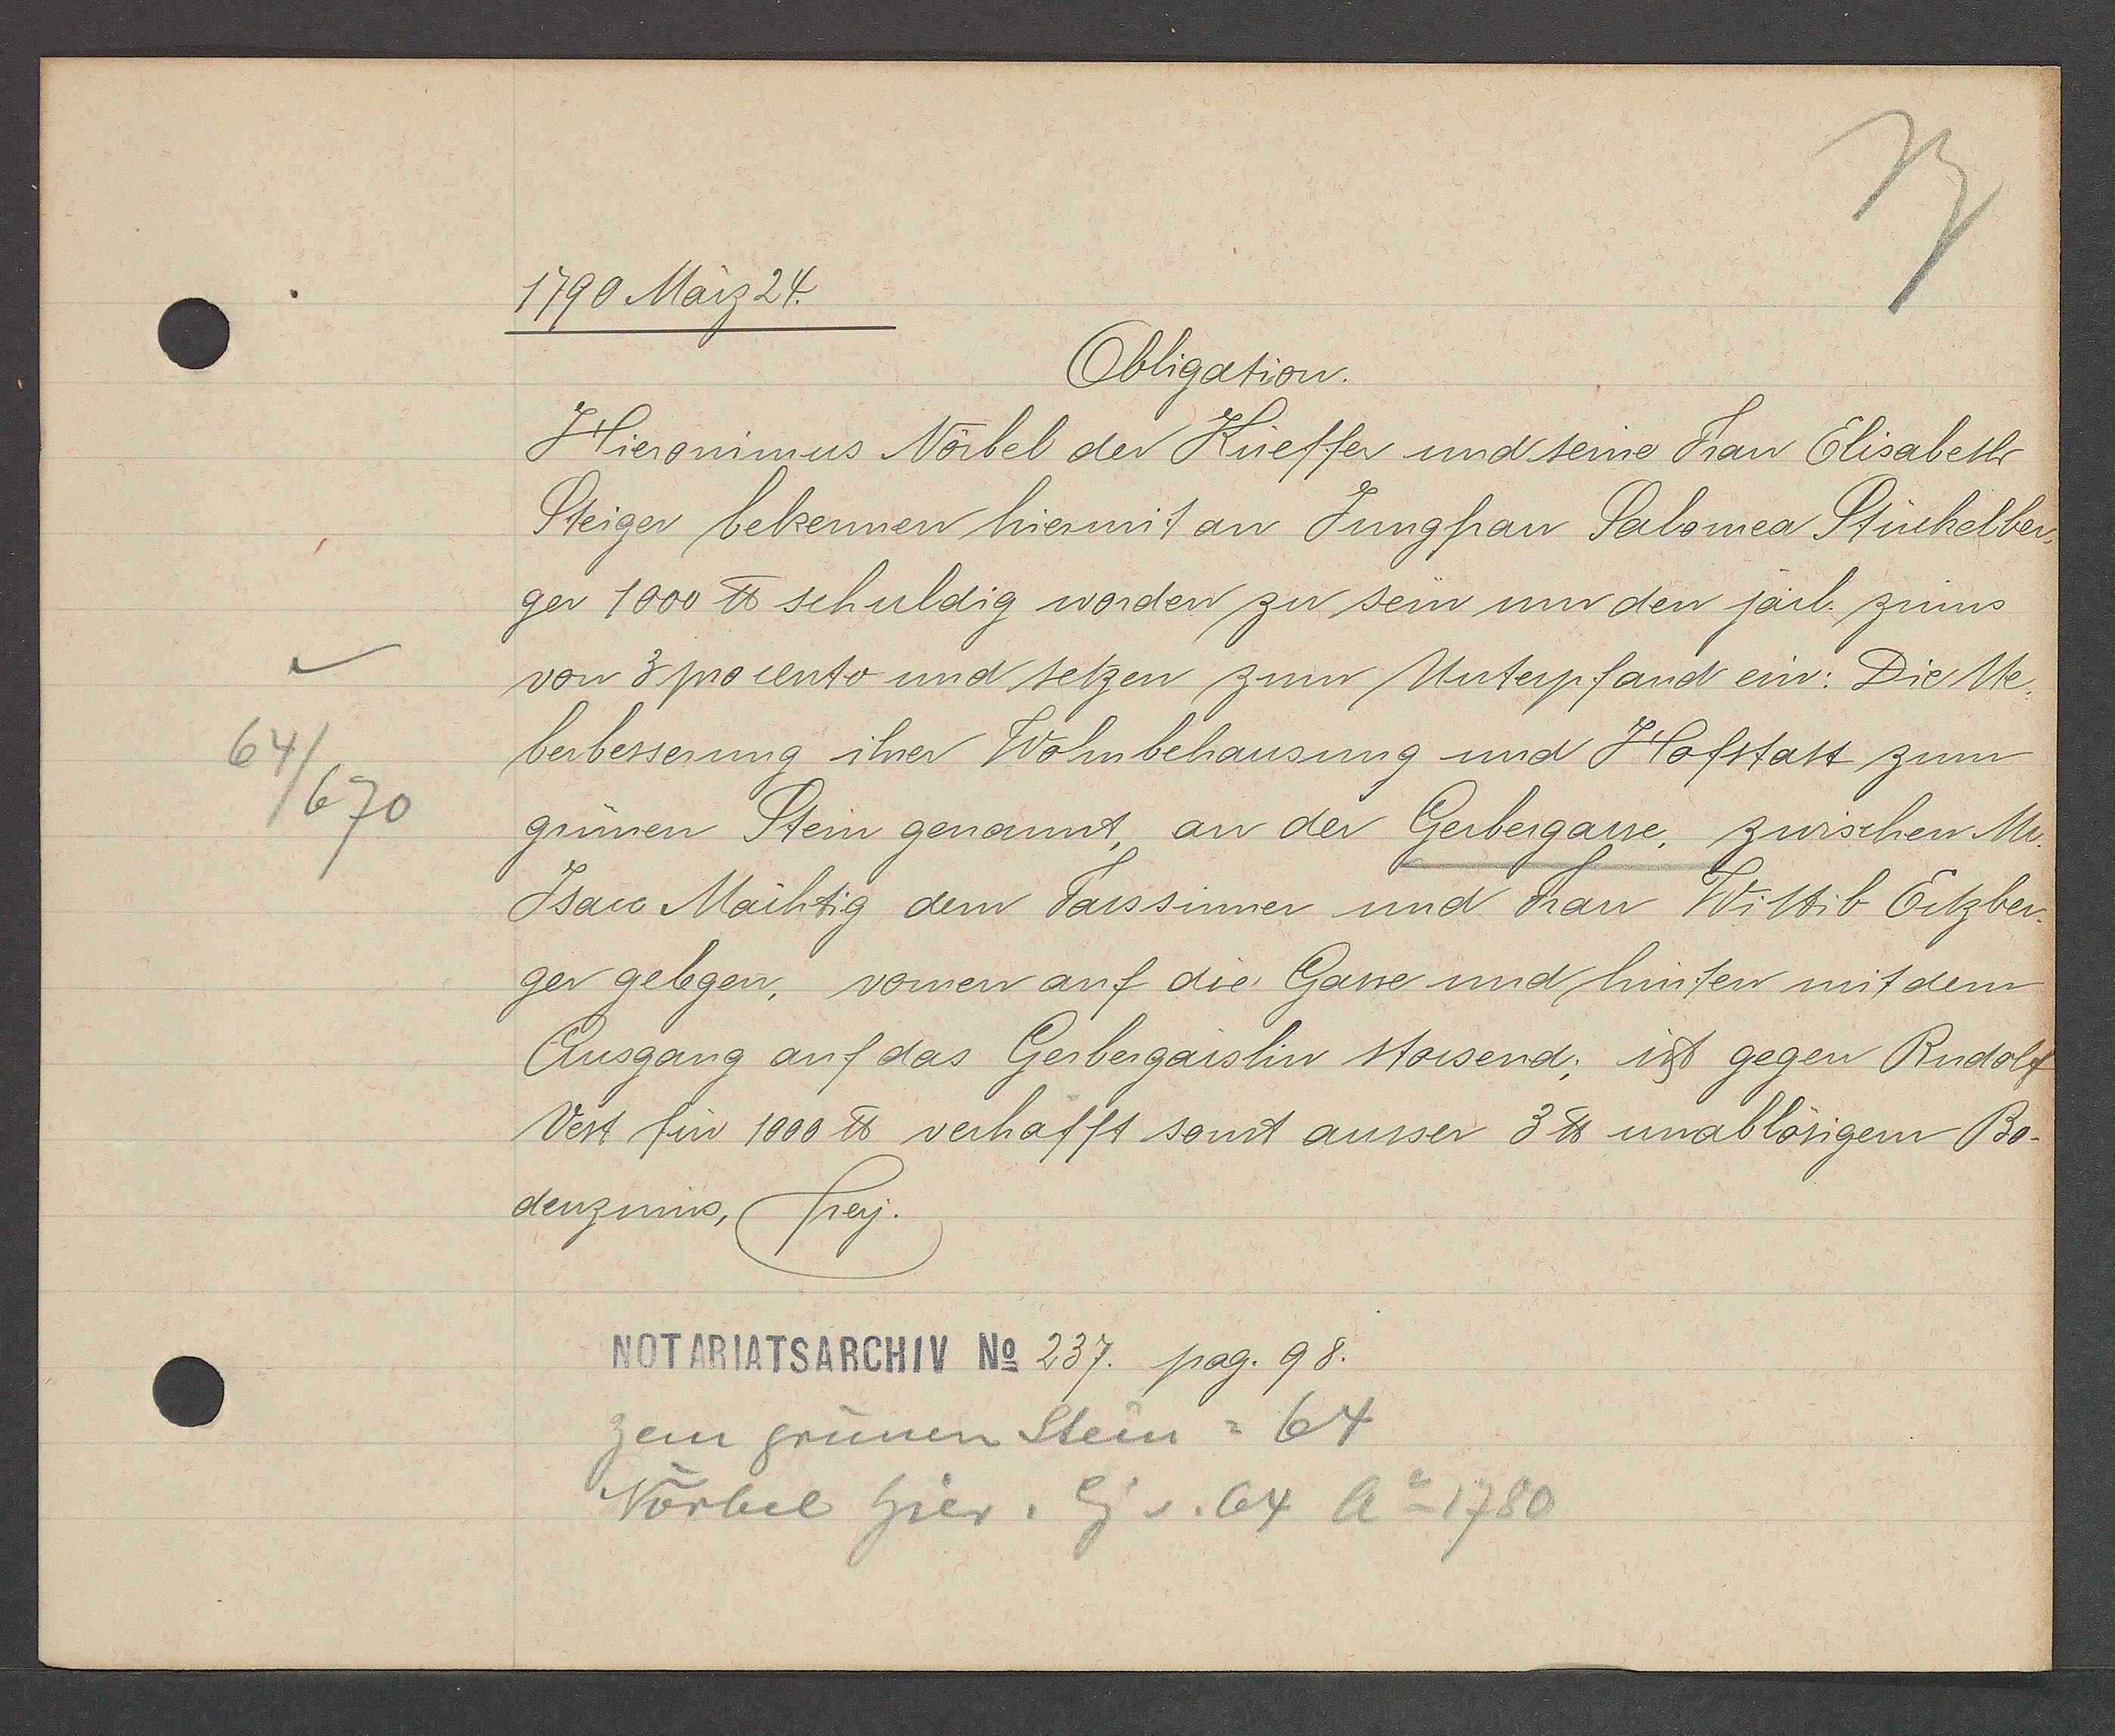
Transcript:
64
/670

1790 März 24.

Obligation.
Hieronimus Nörbel der Küeffer und seine Frau Elisabeth
Steiger bekennen hiermit an Jungfrau Salomea Stückelber¬
ger 1000 ℔ schuldig worden zu sein um den järl. zinns
von 3 procento und setzen zum Unterpfand ein: Die Ue
berbesserung ihrer Wohnbehausung und Hofstatt zum
grunen Stein genannt, an der Gerbergasse, zwischen Mr.
Isacc Mächtig dem Fassiner und Frau Wittib Ertzber¬
ger gelegen, vornen auf die Gasse und hinten mit dem
Ausgang auf das Gerbergaislin stossend; ist gegen Rudolf
Vest für 1000 ℔ verhafft sonst ausser 3 ℔ unablösigem Bo-
denzinns, frey.

zem grünen Stein = 64
Nörbel hier. Eg v. 64 Ao 1780

Notariatsarchiv No 237. pag. 98.